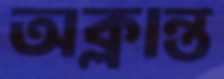
অক্লান্ত